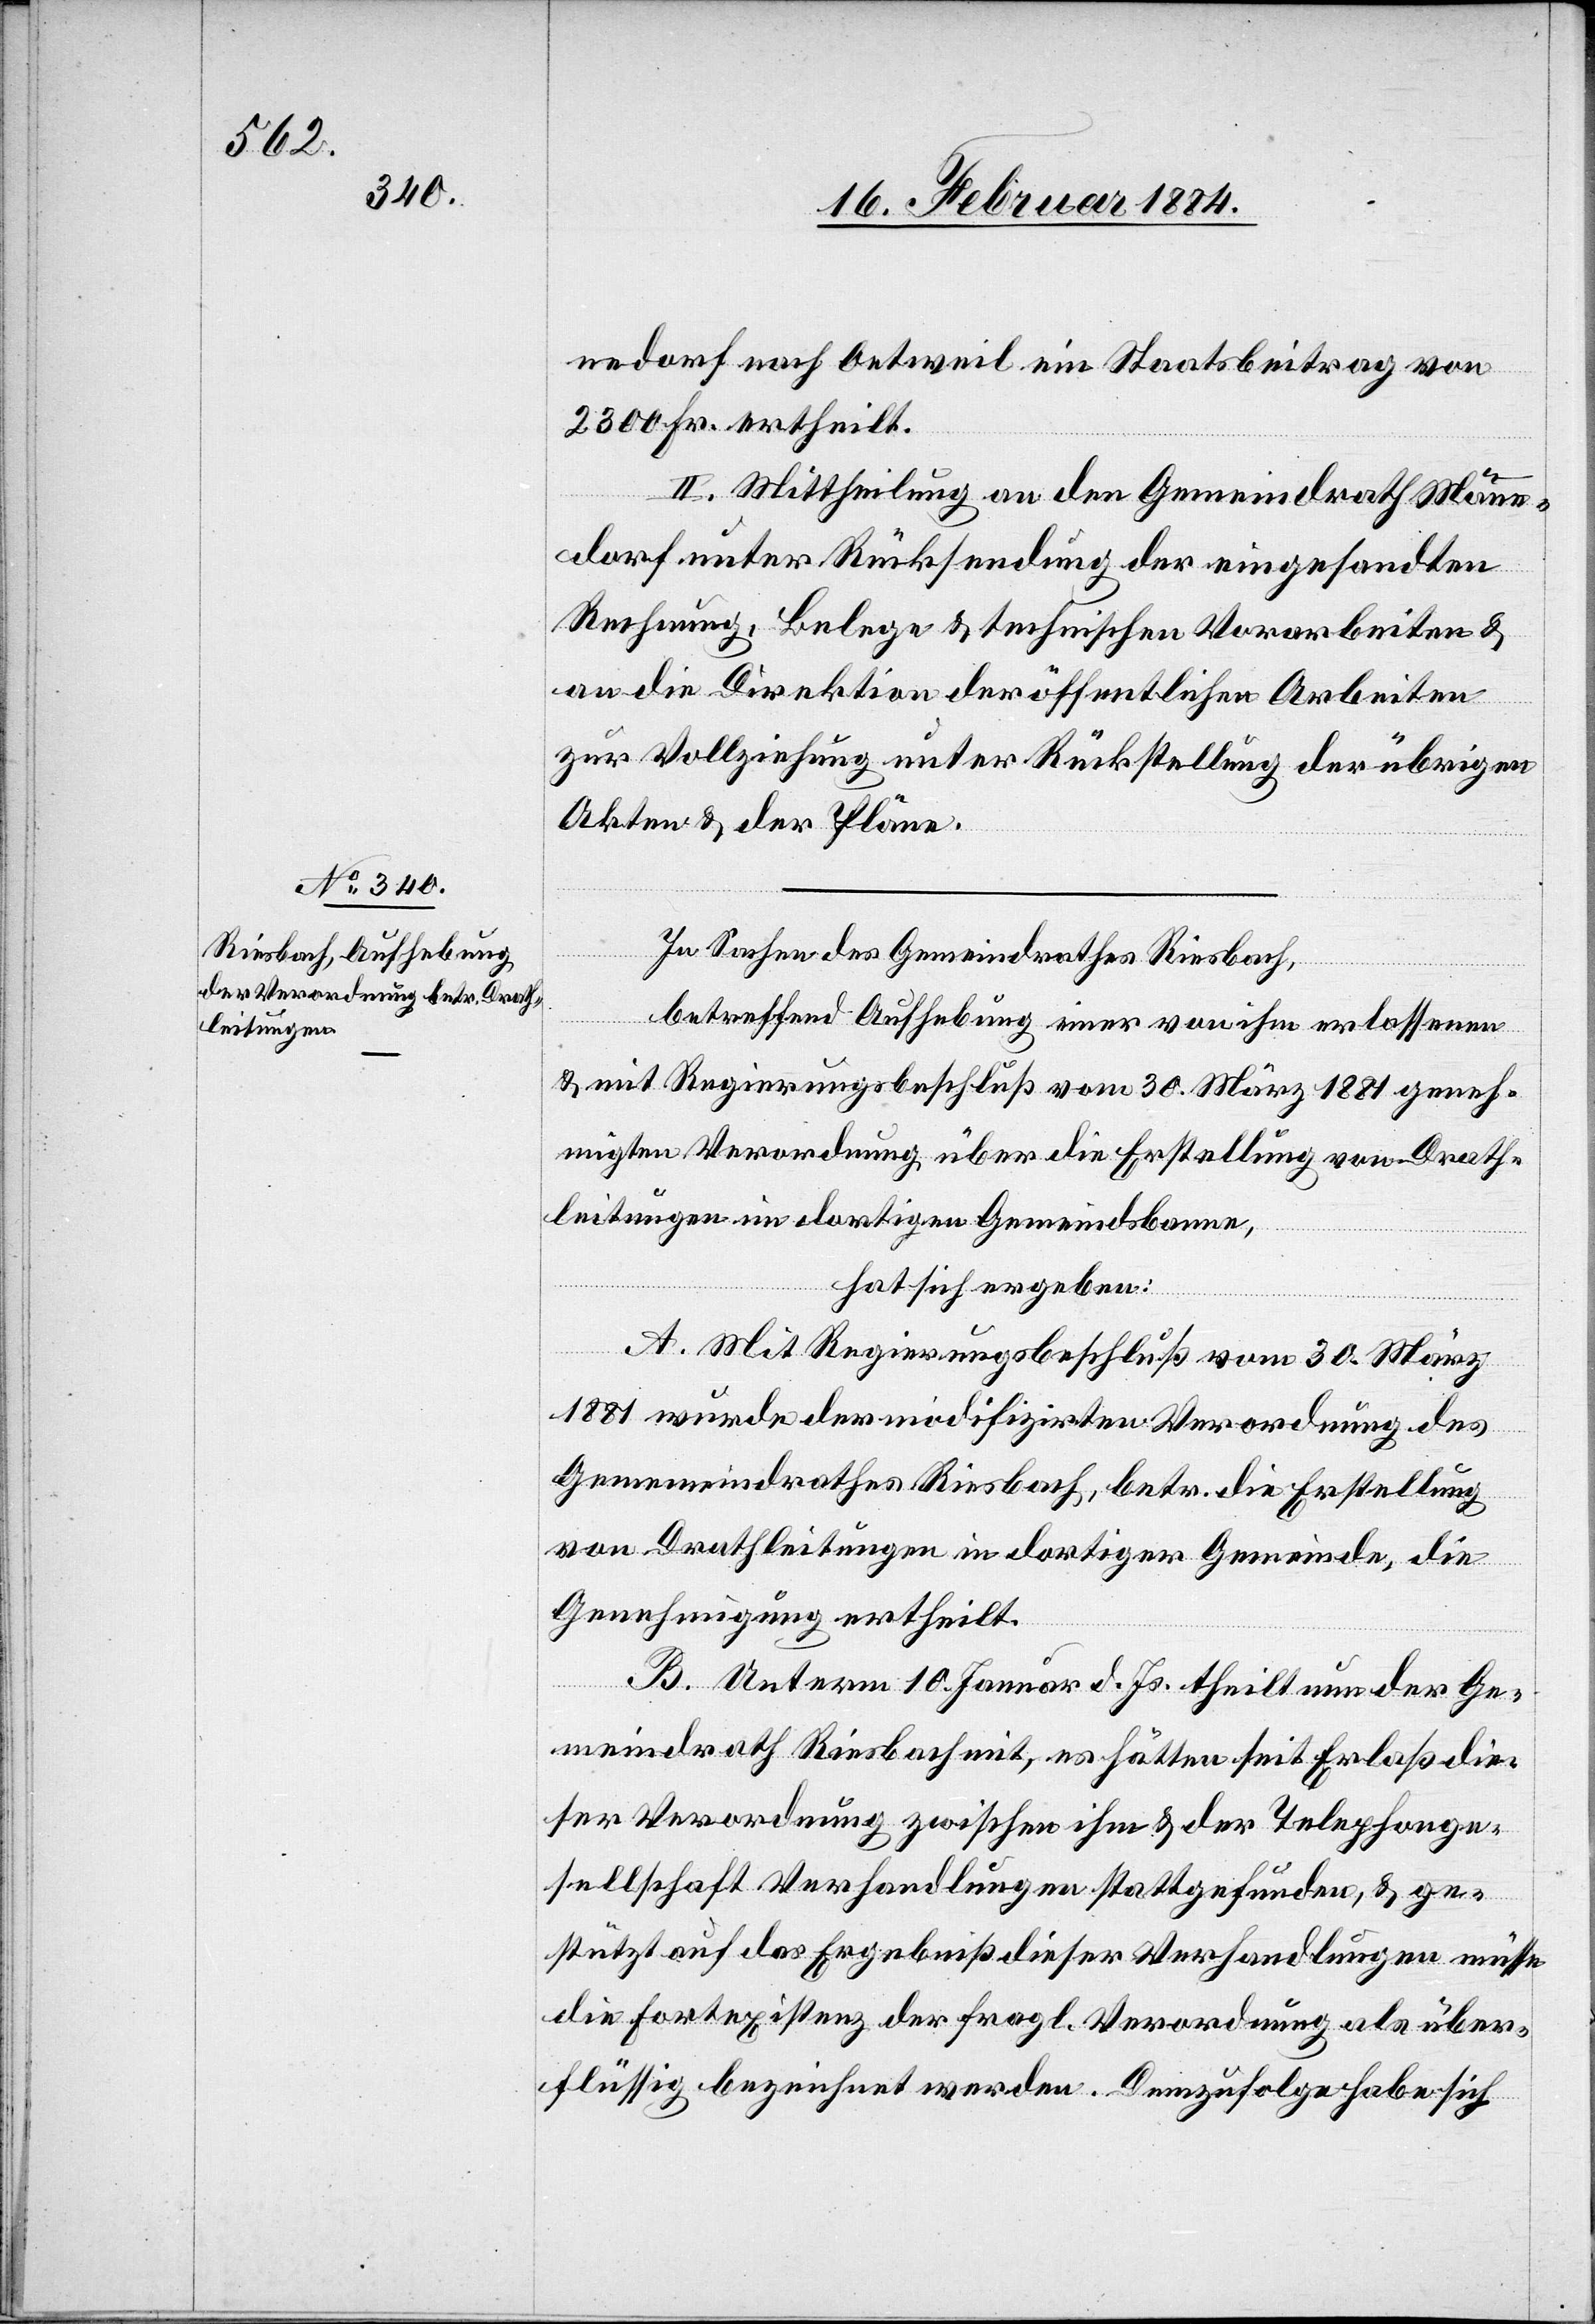
nedorf nach Oetweil ein Staatsbeitrag von
2300 Fr. ertheilt.
II. Mittheilung an den Gemeindrath Männe¬
dorf unter Rücksendung der eingesandten
Rechnung, Belege & technischen Vorarbeiten &
an die Direktion der öffentlichen Arbeiten
zur Vollziehung unter Rückstellung der übrigen
In Sachen des Gemeindrathes Riesbach,
betreffend Aufhebung einer von ihm erlassenen
& mit Regierungsbeschluß vom 30. März 1881 geneh¬
migten Verordnung über die Erstellung von Drath¬
leitungen im dortigen Gemeindebanne,
hat sich ergeben:
A. Mit Regierungsbeschluß vom 30. März
1881 wurde der modifizirten Verordnung des
Gemeindrathes Riesbach, betr. die Erstellung
von Drathleitungen in dortiger Gemeinde, die
Genehmigung ertheilt.
B. Unterm 10. Januar d. Js. theilt nun der Ge¬
meindrath Riesbach mit, es hätten seit Erlaß die¬
ser Verordnung zwischen ihm & der Telephonge¬
sellschaft Verhandlungen stattgefunden, & ge¬
stützt auf das Ergebniß dieser Verhandlungen müsse
die Fortexistenz der fragl. Verordnung als über¬
flüssig bezeichnet werden. Demzufolge habe sich